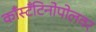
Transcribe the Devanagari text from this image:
काँस्टँटिनोपोलवर